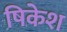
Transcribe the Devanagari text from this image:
षिकेश